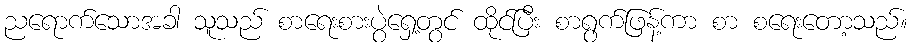
ညရောက်သောအခါ သူသည် စာရေးစားပွဲရှေ့တွင် ထိုင်ပြီး စာရွက်ဖြန့်ကာ စာ စရေးတော့သည်။